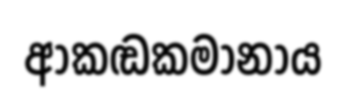
ආකඬකමානාය